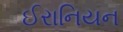
ઈરાનિયન